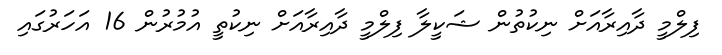
ފިލްމީ ދާއިރާއަށް ނިކުތުން ޝަކީލާ ފިލްމީ ދާއިރާއަށް ނިކުތީ އުމުރުން 16 އަހަރުގައި